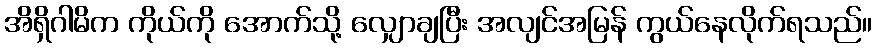
အိရှိဂါမိက ကိုယ်ကို အောက်သို့ လျှောချပြီး အလျင်အမြန် ကွယ်နေလိုက်ရသည်။